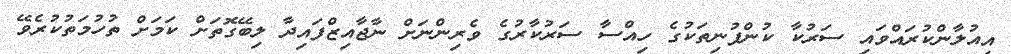
އިއުލާންކުރައްވައި ސަރުކާ ކުންފުނިތަކުގެ ހިއްސާ ސަރުކާރުގެ ވެރިންނަށް ނާޖާއިޒްފައިދާ ލިބޭގޮތަށް ކަމަށް ތުހުމަތުކުރެވޭ